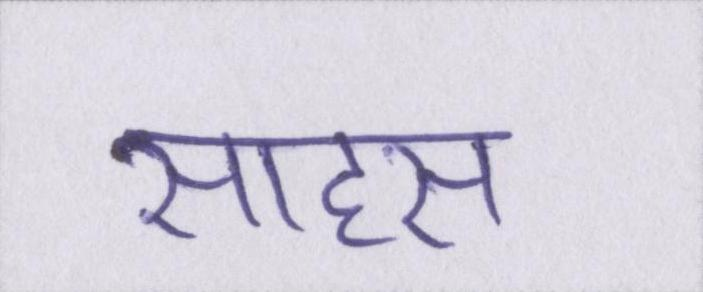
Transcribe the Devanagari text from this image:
साहस